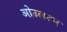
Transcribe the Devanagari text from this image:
ओउलटन